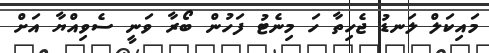
މައިކަލް ލަނޑު ޖެހިތާ ހަ މިނެޓު ފަހުން ބޯރާ ވަނީ ސެވިއްޔާ އަށް